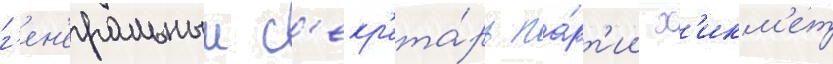
г'ен'еральныи с'екр'ета́рь па́рт'ии х'икм'ет